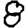
Digit: 8